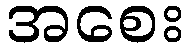
အစေး